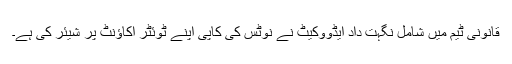
قانونی ٹیم میں شامل نگہت داد ایڈووکیٹ نے نوٹس کی کاپی اپنے ٹوئٹر اکاؤنٹ پر شیئر کی ہے۔